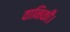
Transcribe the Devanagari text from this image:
वानिकी।